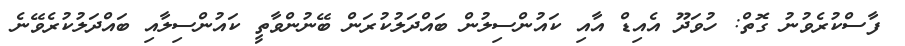
ފާސްކުރެވުނު ގޮތް: ހުވަދޫ އެއިޑް އާއި ކައުންސިލުން ބައްދަލުކުރަން ބޭނުންވާތީ ކައުންސިލާއި ބައްދަލުކުރެވޭނެ